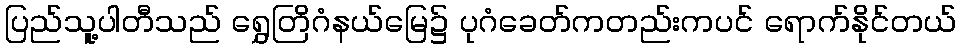
ပြည်သူ့ပါတီသည် ရွှေတြိဂံနယ်မြေ၌ ပုဂံခေတ်ကတည်းကပင် ရောက်နိုင်တယ်